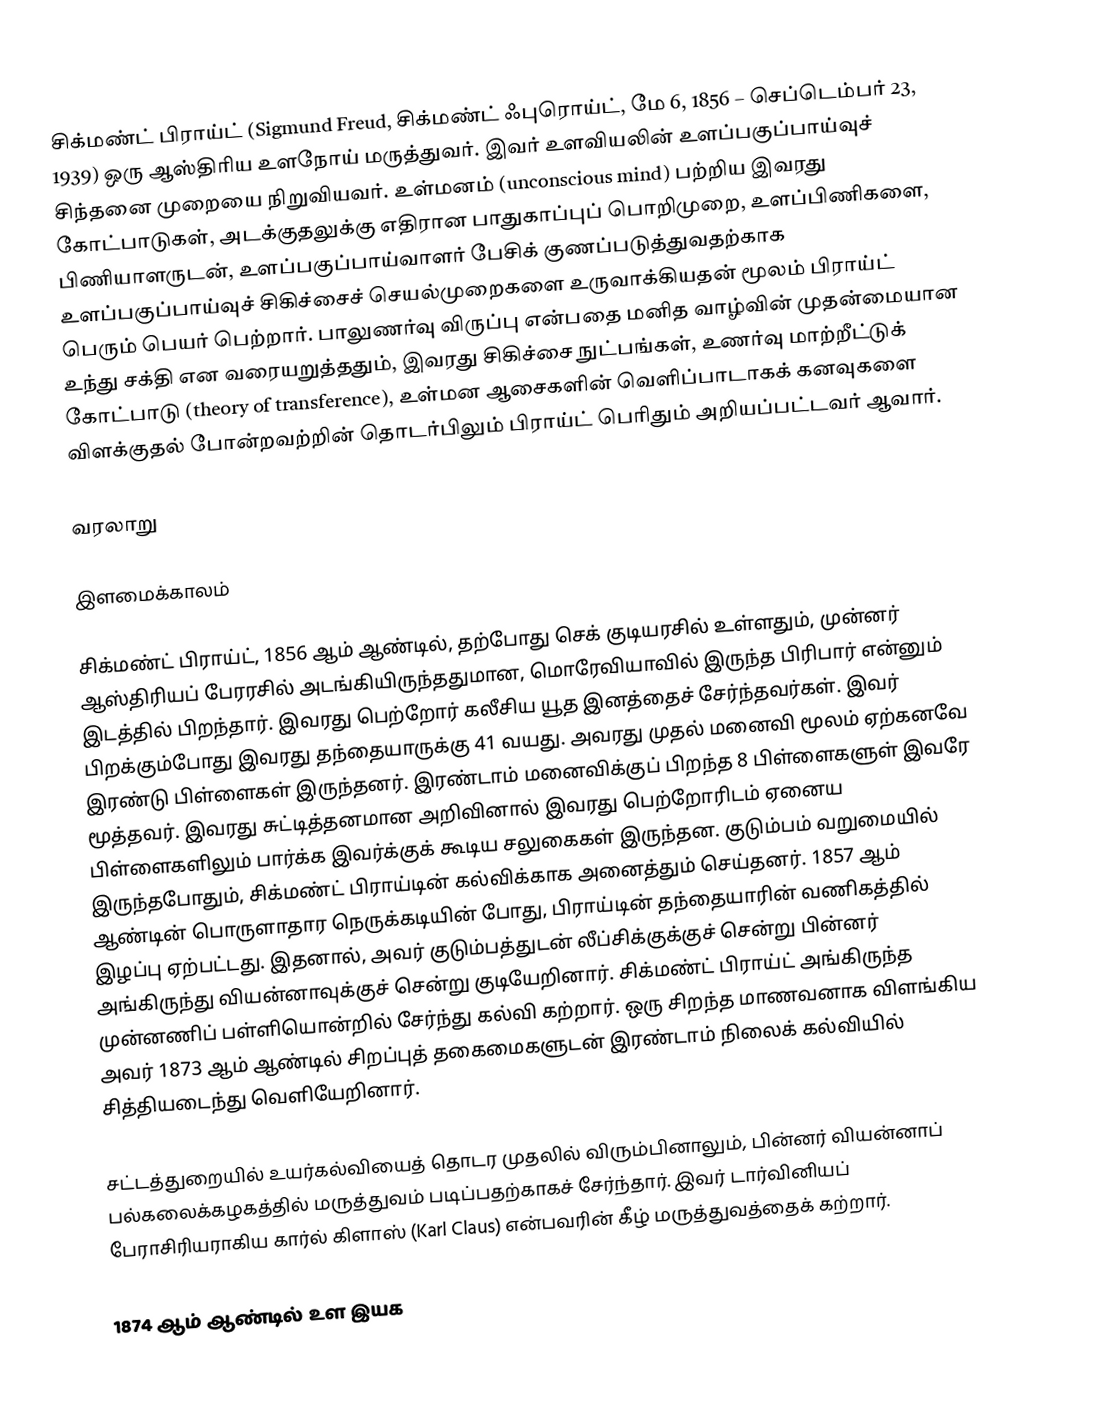
சிக்மண்ட் பிராய்ட் (Sigmund Freud, சிக்மண்ட் ஃபுரொய்ட், மே 6, 1856 – செப்டெம்பர் 23, 1939) ஒரு ஆஸ்திரிய உளநோய் மருத்துவர். இவர் உளவியலின் உளப்பகுப்பாய்வுச் சிந்தனை முறையை நிறுவியவர். உள்மனம் (unconscious mind) பற்றிய இவரது கோட்பாடுகள், அடக்குதலுக்கு எதிரான பாதுகாப்புப் பொறிமுறை, உளப்பிணிகளை, பிணியாளருடன், உளப்பகுப்பாய்வாளர் பேசிக் குணப்படுத்துவதற்காக உளப்பகுப்பாய்வுச் சிகிச்சைச் செயல்முறைகளை உருவாக்கியதன் மூலம் பிராய்ட் பெரும் பெயர் பெற்றார். பாலுணர்வு விருப்பு என்பதை மனித வாழ்வின் முதன்மையான உந்து சக்தி என வரையறுத்ததும், இவரது சிகிச்சை நுட்பங்கள், உணர்வு மாற்றீட்டுக் கோட்பாடு (theory of transference), உள்மன ஆசைகளின் வெளிப்பாடாகக் கனவுகளை விளக்குதல் போன்றவற்றின் தொடர்பிலும் பிராய்ட் பெரிதும் அறியப்பட்டவர் ஆவார்.

வரலாறு

இளமைக்காலம்

சிக்மண்ட் பிராய்ட், 1856 ஆம் ஆண்டில், தற்போது செக் குடியரசில் உள்ளதும், முன்னர் ஆஸ்திரியப் பேரரசில் அடங்கியிருந்ததுமான, மொரேவியாவில் இருந்த பிரிபார் என்னும் இடத்தில் பிறந்தார். இவரது பெற்றோர் கலீசிய யூத இனத்தைச் சேர்ந்தவர்கள். இவர் பிறக்கும்போது இவரது தந்தையாருக்கு 41 வயது. அவரது முதல் மனைவி மூலம் ஏற்கனவே இரண்டு பிள்ளைகள் இருந்தனர். இரண்டாம் மனைவிக்குப் பிறந்த 8 பிள்ளைகளுள் இவரே மூத்தவர். இவரது சுட்டித்தனமான அறிவினால் இவரது பெற்றோரிடம் ஏனைய பிள்ளைகளிலும் பார்க்க இவர்க்குக் கூடிய சலுகைகள் இருந்தன. குடும்பம் வறுமையில் இருந்தபோதும், சிக்மண்ட் பிராய்டின் கல்விக்காக அனைத்தும் செய்தனர். 1857 ஆம் ஆண்டின் பொருளாதார நெருக்கடியின் போது, பிராய்டின் தந்தையாரின் வணிகத்தில் இழப்பு ஏற்பட்டது. இதனால், அவர் குடும்பத்துடன் லீப்சிக்குக்குச் சென்று பின்னர் அங்கிருந்து வியன்னாவுக்குச் சென்று குடியேறினார். சிக்மண்ட் பிராய்ட் அங்கிருந்த முன்னணிப் பள்ளியொன்றில் சேர்ந்து கல்வி கற்றார். ஒரு சிறந்த மாணவனாக விளங்கிய அவர் 1873 ஆம் ஆண்டில் சிறப்புத் தகைமைகளுடன் இரண்டாம் நிலைக் கல்வியில் சித்தியடைந்து வெளியேறினார்.

சட்டத்துறையில் உயர்கல்வியைத் தொடர முதலில் விரும்பினாலும், பின்னர் வியன்னாப் பல்கலைக்கழகத்தில் மருத்துவம் படிப்பதற்காகச் சேர்ந்தார். இவர் டார்வினியப் பேராசிரியராகிய கார்ல் கிளாஸ் (Karl Claus) என்பவரின் கீழ் மருத்துவத்தைக் கற்றார்.

1874 ஆம் ஆண்டில் உள இயக